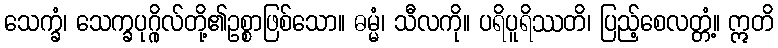
သေက္ခံ၊ သေက္ခပုဂ္ဂိုလ်တို့၏ဥစ္စာဖြစ်သော။ ဓမ္မံ၊ သီလကို။ ပရိပူရိဿတိ၊ ပြည့်စေလတ္တံ့။ ဣတိ